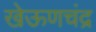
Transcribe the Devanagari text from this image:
खेऊणचंद्र